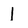
Character: I